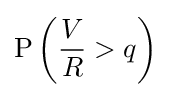
\mathrm {P} \left({\frac {V}{R}}>q\right)